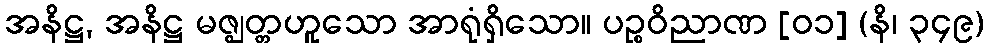
အနိဋ္ဌ, အနိဋ္ဌ မဇ္ဈတ္တဟူသော အာရုံရှိသော။ ပဉ္စဝိညာဏ [၀၁] (နိ၊ ၃၄၉)